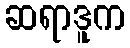
ဆရာဒူက